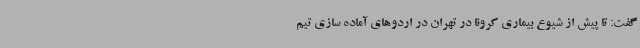
گفت: تا پیش از شیوع بیماری کرونا در تهران در اردوهای آماده سازی تیم